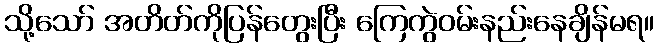
သို့သော် အတိတ်ကိုပြန်တွေးပြီး ကြေကွဲဝမ်းနည်းနေချိန်မရ။